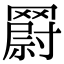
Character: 𮊘